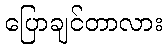
ပြောချင်တာလား